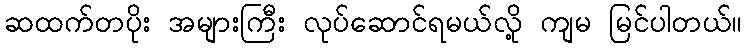
ဆထက်တပိုး အများကြီး လုပ်ဆောင်ရမယ်လို့ ကျမ မြင်ပါတယ်။